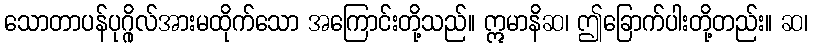
သောတာပန်ပုဂ္ဂိုလ်အားမထိုက်သော အကြောင်းတို့သည်။ ဣမာနိဆ၊ ဤခြောက်ပါးတို့တည်း။ ဆ၊